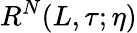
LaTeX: R^{N}(L,\tau;\eta)